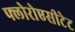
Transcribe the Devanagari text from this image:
फ्लोरोएसीटेट